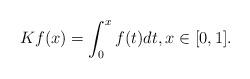
LaTeX: \begin{align*}Kf(x) = \int_0^x f(t) dt, x \in [0,1]. \end{align*}